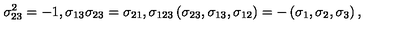
\sigma _ { 2 3 } ^ { 2 } = - 1 , \sigma _ { 1 3 } \sigma _ { 2 3 } = \sigma _ { 2 1 } , \sigma _ { 1 2 3 } \left( \sigma _ { 2 3 } , \sigma _ { 1 3 } , \sigma _ { 1 2 } \right) = - \left( \sigma _ { 1 } , \sigma _ { 2 } , \sigma _ { 3 } \right) ,